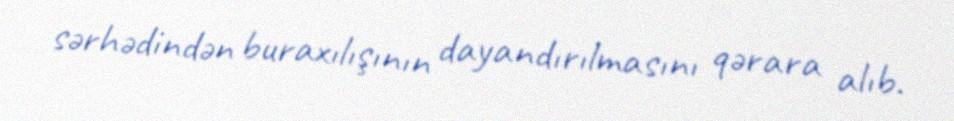
sərhədindən buraxılışının dayandırılmasını qərara alıb.